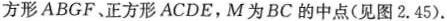
方形ABGF、正方形ACDE，M为BC的中点(见图2.45)。